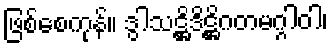
ဖြစ်စေကုန်။ ဒွါသဋ္ဌိဒိဋ္ဌိဂတမဂ္ဂါဝါ၊